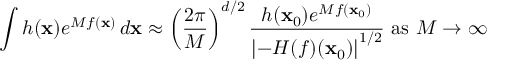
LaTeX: \int h ( \mathbf { x } ) e ^ { M f ( \mathbf { x } ) } \, d \mathbf { x } \approx \left( { \frac { 2 \pi } { M } } \right) ^ { d / 2 } { \frac { h ( \mathbf { x } _ { 0 } ) e ^ { M f ( \mathbf { x } _ { 0 } ) } } { \left| - H ( f ) ( \mathbf { x } _ { 0 } ) \right| ^ { 1 / 2 } } } { \mathrm { ~ a s ~ } } M \to \infty